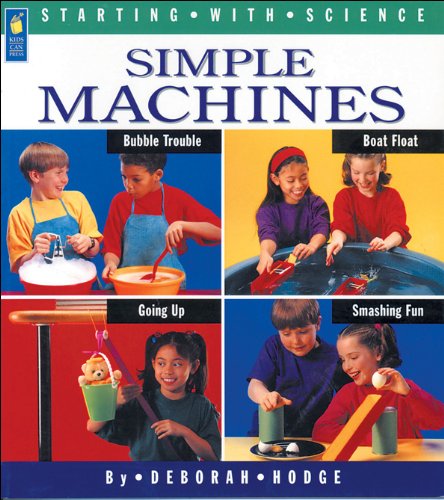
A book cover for Simple Machines (Starting with Science); Deborah Hodge; Children's Books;